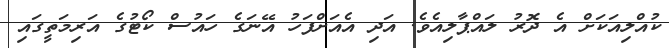
ކުއްލިއަކަށް އެ ދޮރު ލައްޕާލިއެވެ. އަދި އެއަށްފަހު އޭނަގެ ހައުސް ކޯޓުގެ އަރިމަތީގައި